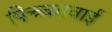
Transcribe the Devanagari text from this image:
पिच्चमवाई